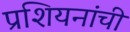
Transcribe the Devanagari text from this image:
प्रशियनांची